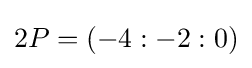
2P=(-4:-2:0)